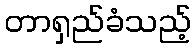
တာရှည်ခံသည့်